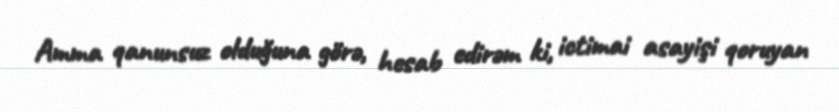
Amma qanunsuz olduğuna görə, hesab edirəm ki, ictimai asayişi qoruyan